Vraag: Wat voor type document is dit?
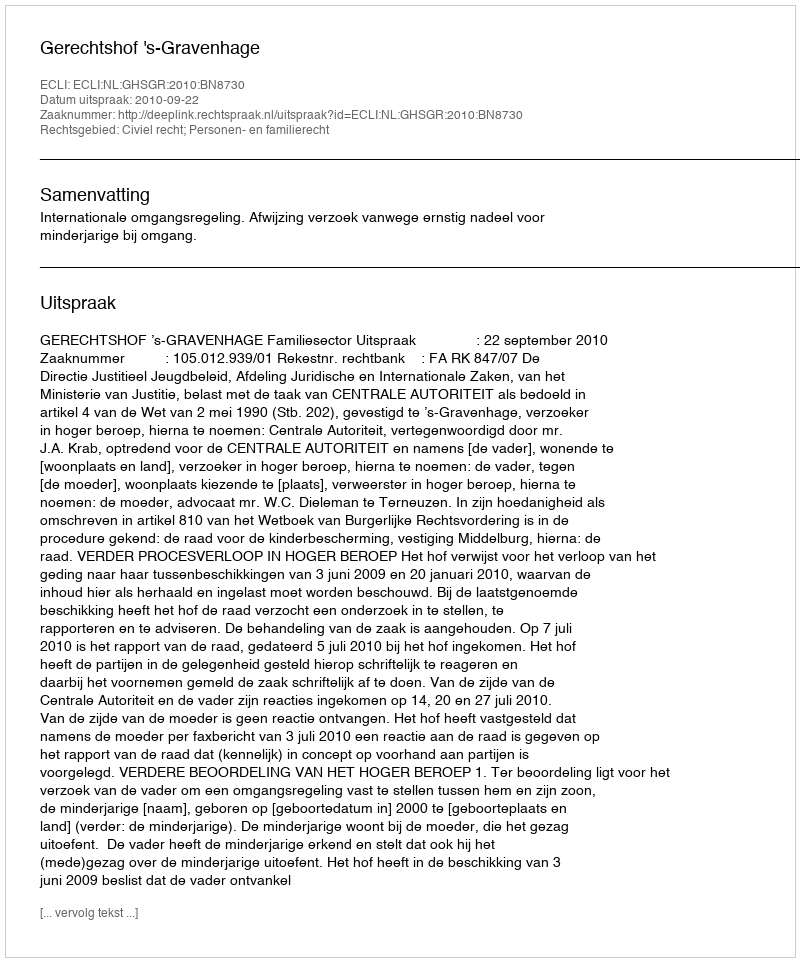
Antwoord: Uitspraak